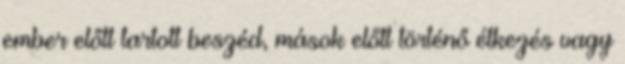
ember előtt tartott beszéd, mások előtt történő étkezés vagy